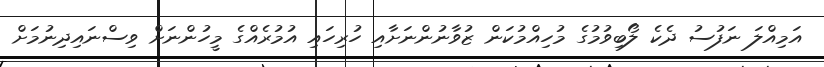
އަމިއްލަ ނަފުސު ދެކެ ލޯބިވުމުގެ މުހިއްމުކަން ޒުވާނުންނަށާއި ހުރިހައި އުމުރެއްގެ މީހުންނަށް ވިސްނައިދިނުމަށް